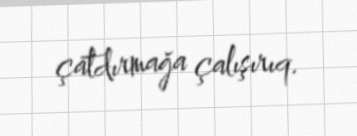
çatdırmağa çalışırıq.